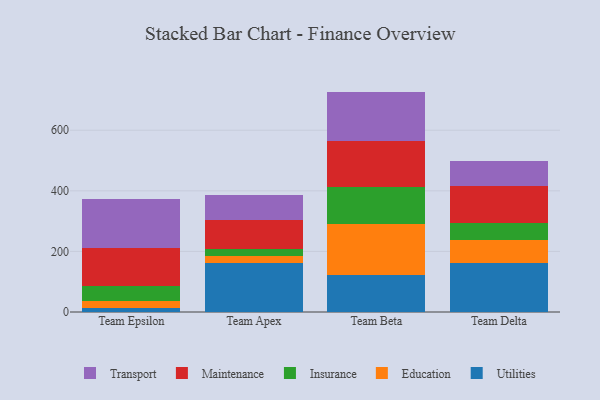
{"axis": {"x": "Team", "y": "Headcount"}, "legend": ["Education", "Insurance", "Maintenance", "Transport", "Utilities"], "data": [{"x": "Team Epsilon", "y": 13.1, "type": "Utilities"}, {"x": "Team Epsilon", "y": 22.6, "type": "Education"}, {"x": "Team Epsilon", "y": 50.9, "type": "Insurance"}, {"x": "Team Epsilon", "y": 124.2, "type": "Maintenance"}, {"x": "Team Epsilon", "y": 160.8, "type": "Transport"}, {"x": "Team Apex", "y": 161.4, "type": "Utilities"}, {"x": "Team Apex", "y": 22.3, "type": "Education"}, {"x": "Team Apex", "y": 22.8, "type": "Insurance"}, {"x": "Team Apex", "y": 95.8, "type": "Maintenance"}, {"x": "Team Apex", "y": 84.6, "type": "Transport"}, {"x": "Team Beta", "y": 122.4, "type": "Utilities"}, {"x": "Team Beta", "y": 167.0, "type": "Education"}, {"x": "Team Beta", "y": 121.7, "type": "Insurance"}, {"x": "Team Beta", "y": 152.9, "type": "Maintenance"}, {"x": "Team Beta", "y": 163.5, "type": "Transport"}, {"x": "Team Delta", "y": 160.6, "type": "Utilities"}, {"x": "Team Delta", "y": 77.3, "type": "Education"}, {"x": "Team Delta", "y": 55.6, "type": "Insurance"}, {"x": "Team Delta", "y": 122.4, "type": "Maintenance"}, {"x": "Team Delta", "y": 82.3, "type": "Transport"}]}